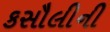
કસૌલીની